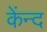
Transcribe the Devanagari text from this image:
केंन्द